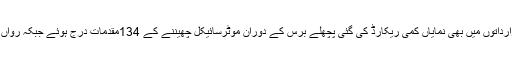
اسی طرح موٹرسائیکل چھیننے کی وارداتوں میں بھی نمایاں کمی ریکارڈ کی گئی پچھلے برس کے دوران موٹرسائیکل چھیننے کے 134مقدمات درج ہوئے جبکہ رواں برس کے دوران انکی تعداد 54رہی۔